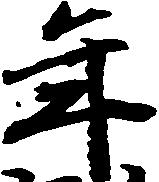
年